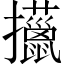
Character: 𢺍